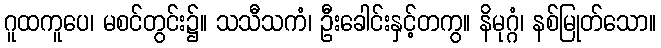
ဂူထကူပေ၊ မစင်တွင်း၌။ သသီသကံ၊ ဦးခေါင်းနှင့်တကွ။ နိမုဂ္ဂံ၊ နစ်မြုတ်သော။